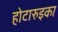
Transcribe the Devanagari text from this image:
होटारुइका